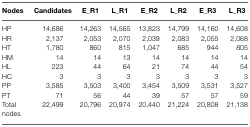
<table><thead><tr><td><b>Nodes</b></td><td><b>Candidates</b></td><td><b>E_R1</b></td><td><b>L_R1</b></td><td><b>E_R2</b></td><td><b>L_R2</b></td><td><b>E_R3</b></td><td><b>L_R3</b></td></tr></thead><tbody><tr><td>HP</td><td>14,686</td><td>14,263</td><td>14,565</td><td>13,823</td><td>14,799</td><td>14,160</td><td>14,608</td></tr><tr><td>HR</td><td>2,137</td><td>2,053</td><td>2,070</td><td>2,039</td><td>2,083</td><td>2,055</td><td>2,068</td></tr><tr><td>HT</td><td>1,780</td><td>860</td><td>815</td><td>1,047</td><td>685</td><td>944</td><td>805</td></tr><tr><td>HM</td><td>14</td><td>14</td><td>13</td><td>14</td><td>14</td><td>14</td><td>14</td></tr><tr><td>HL</td><td>223</td><td>44</td><td>64</td><td>21</td><td>74</td><td>44</td><td>54</td></tr><tr><td>HC</td><td>3</td><td>3</td><td>3</td><td>3</td><td>3</td><td>3</td><td>3</td></tr><tr><td>PP</td><td>3,585</td><td>3,503</td><td>3,400</td><td>3,454</td><td>3,509</td><td>3,531</td><td>3,527</td></tr><tr><td>PT</td><td>71</td><td>56</td><td>44</td><td>39</td><td>57</td><td>57</td><td>59</td></tr><tr><td>Total nodes</td><td>22,499</td><td>20,796</td><td>20,974</td><td>20,440</td><td>21,224</td><td>20,808</td><td>21,138</td></tr></tbody></table>